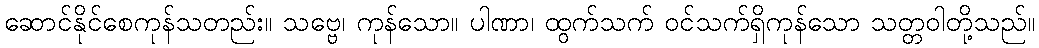
ဆောင်နိုင်စေကုန်သတည်း။ သဗ္ဗေ၊ ကုန်သော။ ပါဏာ၊ ထွက်သက် ဝင်သက်ရှိကုန်သော သတ္တဝါတို့သည်။